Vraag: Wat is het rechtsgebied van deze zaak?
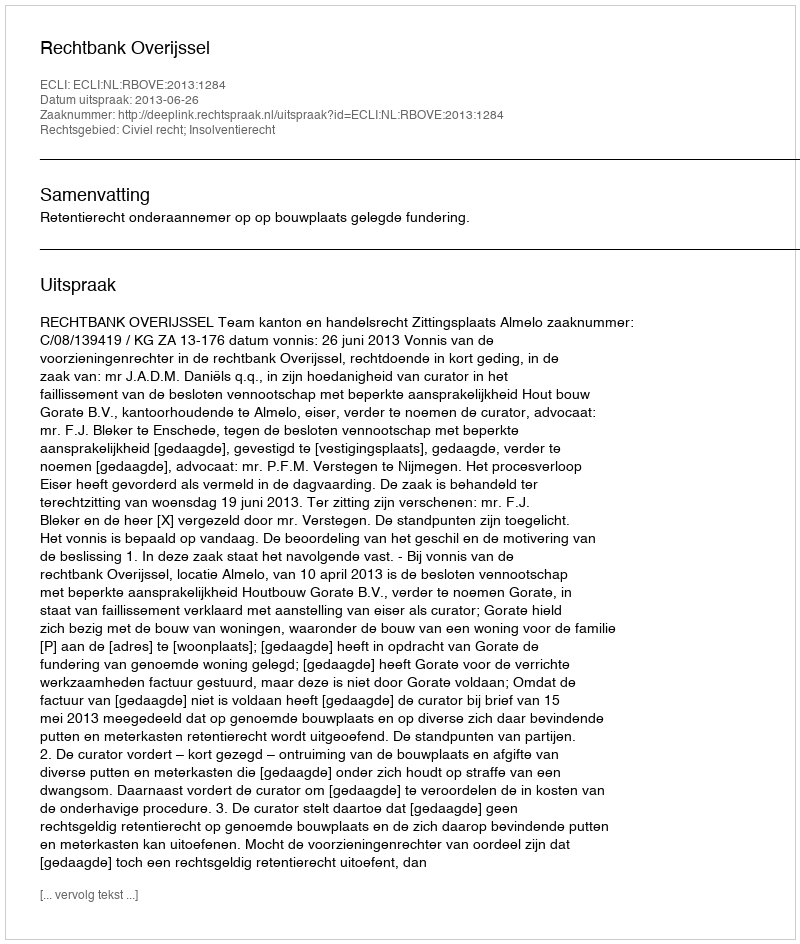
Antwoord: Civiel recht; Insolventierecht